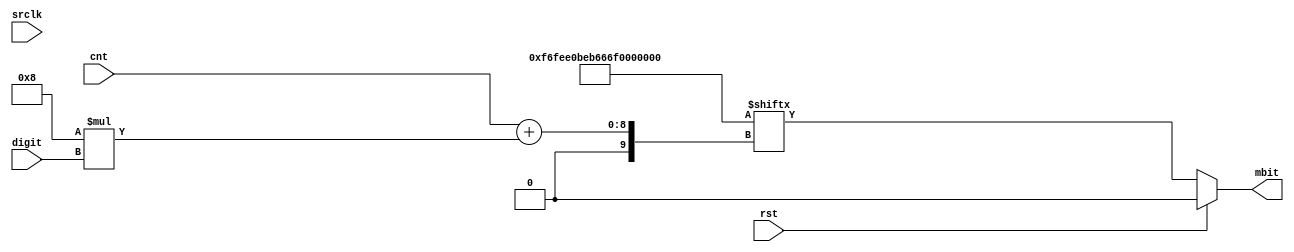
module digit_bit(input rst, input srclk, input [3:0] digit, input [2:0] cnt, output reg mbit);
    localparam [7:0] DIGIT_0 = 8'b11111100;
    localparam [7:0] DIGIT_1 = 8'b01100000;
    localparam [7:0] DIGIT_2 = 8'b11011010;
    localparam [7:0] DIGIT_3 = 8'b11110010;
    localparam [7:0] DIGIT_4 = 8'b01100110;
    localparam [7:0] DIGIT_5 = 8'b10110110;
    localparam [7:0] DIGIT_6 = 8'b10111110;
    localparam [7:0] DIGIT_7 = 8'b11100000;
    localparam [7:0] DIGIT_8 = 8'b11111110;
    localparam [7:0] DIGIT_9 = 8'b11110110;
    localparam [7:0] DIGIT_B = 8'b00000000;
    localparam DIGITS = {
        DIGIT_B, DIGIT_9, DIGIT_8, DIGIT_7, DIGIT_6, DIGIT_5,
        DIGIT_4, DIGIT_3, DIGIT_2, DIGIT_1, DIGIT_0
    };
    always @(*) begin
        if (rst) begin
            mbit = 0;
        end else begin
            mbit = DIGITS[cnt + 8 * digit];
        end
        //$write("rst=%b srclk=%b digit=%d cnt=%d mbit=%b d=%b\n", rst, srclk, digit, cnt, mbit, DIGITS[cnt + 8 * digit]);
    end
endmodule


module nikor_clock (input [7:0] io_in, output [7:0] io_out);
    localparam minutes = 32; // 32 cycles is needed to output to display
    wire clk, rst, min, hour;
    assign {hour, min, rst, clk} = io_in[3:0];

    reg [4:0] nc_out;

    reg srclk;//data clock
    reg rclk; //flip display
    wire ser;  //data

    reg [3:0] digit;
    assign io_out = {nc_out, ser, rclk, srclk};

    reg [31:0] cnt;
    reg add_min;
    reg add_hour;

    always @(posedge hour) begin
        add_hour <= 1;
    end

    always @(posedge min) begin
        add_min <= 1;
    end

    always @(posedge clk) begin
        if (rst) begin
            digit <= 0;
            cnt <= 0;
            nc_out <= 0;
            srclk <= 0;
            rclk <= 0;
            add_min <= 0;
            add_hour <= 0;
        end else begin
            rclk <= srclk && (cnt % 32)== 31 ? 1 : 0 ;
            case ((cnt/8) % 4)
                0: digit <= cnt/minutes / 10 / 6 / 10;
                1: digit <= cnt/minutes / 10 / 6 % 10;
                2: digit <= cnt/minutes / 10 % 6;
                3: digit <= cnt/minutes % 10;
            endcase
            if (srclk) begin
                cnt <= (cnt + 1 + (minutes * 60) * add_hour + minutes * add_min) % (minutes * 60 * 24);
                add_hour = 0;
                add_min = 0;
            end
            srclk <= srclk == 0;
        end
    end
    digit_bit db(.rst(rst), .srclk(srclk), .digit(digit), .cnt(cnt[2:0]), .mbit(ser));
endmodule